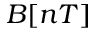
B [ n T ]